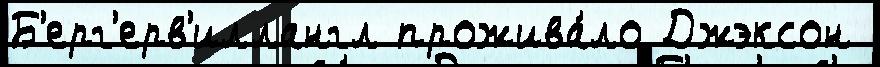
Б'ерг'ерв'иллангл прожива́ло Джэксон